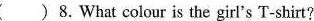
( )8.What colour is the gir's T-shirt?